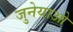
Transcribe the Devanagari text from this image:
जुनेयाओ